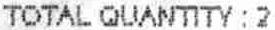
TOTAL QUANTITY : 2